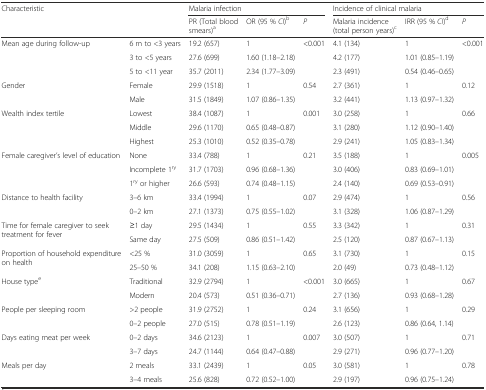
<table><thead><tr><td rowspan="2" colspan="2"><b>Characteristic</b></td><td colspan="3"><b>Malaria infection</b></td><td colspan="3"><b>Incidence of clinical malaria</b></td></tr><tr><td><b>PR (Total blood smears)<sup>a</sup></b></td><td><b>OR (95 % <i>CI</i>)<sup>b</sup></b></td><td><b><i>P</i></b></td><td><b>Malaria incidence (total person years)<sup>c</sup></b></td><td><b>IRR (95 % <i>CI</i>)<sup>d</sup></b></td><td><b><i>P</i></b></td></tr></thead><tbody><tr><td rowspan="3">Mean age during follow-up</td><td>6 m to &lt;3 years</td><td>19.2 (657)</td><td>1</td><td rowspan="3">&lt;0.001</td><td>4.1 (134)</td><td>1</td><td rowspan="3">&lt;0.001</td></tr><tr><td>3 to &lt;5 years</td><td>27.6 (699)</td><td>1.60 (1.18–2.18)</td><td>4.2 (177)</td><td>1.01 (0.85–1.19)</td></tr><tr><td>5 to &lt;11 year</td><td>35.7 (2011)</td><td>2.34 (1.77–3.09)</td><td>2.3 (491)</td><td>0.54 (0.46–0.65)</td></tr><tr><td rowspan="2">Gender</td><td>Female</td><td>29.9 (1518)</td><td>1</td><td rowspan="2">0.54</td><td>2.7 (361)</td><td>1</td><td rowspan="2">0.12</td></tr><tr><td>Male</td><td>31.5 (1849)</td><td>1.07 (0.86–1.35)</td><td>3.2 (441)</td><td>1.13 (0.97–1.32)</td></tr><tr><td rowspan="3">Wealth index tertile</td><td>Lowest</td><td>38.4 (1087)</td><td>1</td><td rowspan="3">0.001</td><td>3.0 (258)</td><td>1</td><td rowspan="3">0.66</td></tr><tr><td>Middle</td><td>29.6 (1170)</td><td>0.65 (0.48–0.87)</td><td>3.1 (280)</td><td>1.12 (0.90–1.40)</td></tr><tr><td>Highest</td><td>25.3 (1010)</td><td>0.52 (0.35–0.78)</td><td>2.9 (241)</td><td>1.05 (0.83–1.34)</td></tr><tr><td rowspan="3">Female caregiver’s level of education</td><td>None</td><td>33.4 (788)</td><td>1</td><td rowspan="3">0.21</td><td>3.5 (188)</td><td>1</td><td rowspan="3">0.005</td></tr><tr><td>Incomplete 1<sup>ry</sup></td><td>31.7 (1703)</td><td>0.96 (0.68–1.36)</td><td>3.0 (406)</td><td>0.83 (0.69–1.01)</td></tr><tr><td>1<sup>ry</sup> or higher</td><td>26.6 (593)</td><td>0.74 (0.48–1.15)</td><td>2.4 (140)</td><td>0.69 (0.53–0.91)</td></tr><tr><td rowspan="2">Distance to health facility</td><td>3–6 km</td><td>33.4 (1994)</td><td>1</td><td rowspan="2">0.07</td><td>2.9 (474)</td><td>1</td><td rowspan="2">0.56</td></tr><tr><td>0–2 km</td><td>27.1 (1373)</td><td>0.75 (0.55–1.02)</td><td>3.1 (328)</td><td>1.06 (0.87–1.29)</td></tr><tr><td rowspan="2">Time for female caregiver to seek treatment for fever</td><td>≥1 day</td><td>29.5 (1434)</td><td>1</td><td rowspan="2">0.55</td><td>3.3 (342)</td><td>1</td><td rowspan="2">0.31</td></tr><tr><td>Same day</td><td>27.5 (509)</td><td>0.86 (0.51–1.42)</td><td>2.5 (120)</td><td>0.87 (0.67–1.13)</td></tr><tr><td rowspan="2">Proportion of household expenditure on health</td><td>&lt;25 %</td><td>31.0 (3059)</td><td>1</td><td rowspan="2">0.65</td><td>3.1 (730)</td><td>1</td><td rowspan="2">0.15</td></tr><tr><td>25–50 %</td><td>34.1 (208)</td><td>1.15 (0.63–2.10)</td><td>2.0 (49)</td><td>0.73 (0.48–1.12)</td></tr><tr><td rowspan="2">House type<sup>e</sup></td><td>Traditional</td><td>32.9 (2794)</td><td>1</td><td rowspan="2">&lt;0.001</td><td>3.0 (665)</td><td>1</td><td rowspan="2">0.67</td></tr><tr><td>Modern</td><td>20.4 (573)</td><td>0.51 (0.36–0.71)</td><td>2.7 (136)</td><td>0.93 (0.68–1.28)</td></tr><tr><td rowspan="2">People per sleeping room</td><td>&gt;2 people</td><td>31.9 (2752)</td><td>1</td><td rowspan="2">0.24</td><td>3.1 (656)</td><td>1</td><td rowspan="2">0.29</td></tr><tr><td>0–2 people</td><td>27.0 (515)</td><td>0.78 (0.51–1.19)</td><td>2.6 (123)</td><td>0.86 (0.64, 1.14)</td></tr><tr><td rowspan="2">Days eating meat per week</td><td>0–2 days</td><td>34.6 (2123)</td><td>1</td><td rowspan="2">0.007</td><td>3.0 (507)</td><td>1</td><td rowspan="2">0.71</td></tr><tr><td>3–7 days</td><td>24.7 (1144)</td><td>0.64 (0.47–0.88)</td><td>2.9 (271)</td><td>0.96 (0.77–1.20)</td></tr><tr><td rowspan="2">Meals per day</td><td>2 meals</td><td>33.1 (2439)</td><td>1</td><td rowspan="2">0.05</td><td>3.0 (581)</td><td>1</td><td rowspan="2">0.78</td></tr><tr><td>3–4 meals</td><td>25.6 (828)</td><td>0.72 (0.52–1.00)</td><td>2.9 (197)</td><td>0.96 (0.75–1.24)</td></tr></tbody></table>